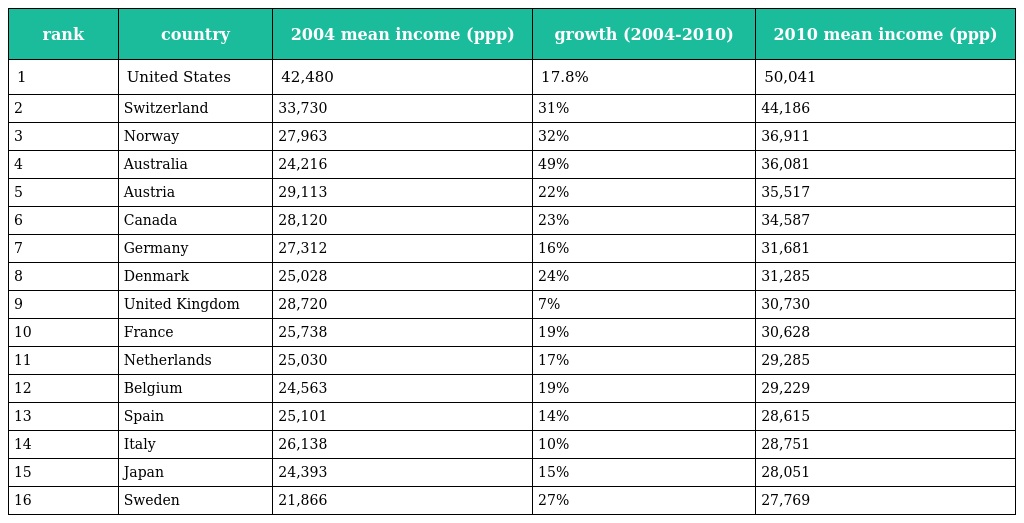
| rank | country | 2004 mean income (ppp) | growth (2004-2010) | 2010 mean income (ppp) |
 | --- | --- | --- | --- | --- |
 | 1 | United States | 42,480 | 17.8% | 50,041 |
 | 2 | Switzerland | 33,730 | 31% | 44,186 |
 | 3 | Norway | 27,963 | 32% | 36,911 |
 | 4 | Australia | 24,216 | 49% | 36,081 |
 | 5 | Austria | 29,113 | 22% | 35,517 |
 | 6 | Canada | 28,120 | 23% | 34,587 |
 | 7 | Germany | 27,312 | 16% | 31,681 |
 | 8 | Denmark | 25,028 | 24% | 31,285 |
 | 9 | United Kingdom | 28,720 | 7% | 30,730 |
 | 10 | France | 25,738 | 19% | 30,628 |
 | 11 | Netherlands | 25,030 | 17% | 29,285 |
 | 12 | Belgium | 24,563 | 19% | 29,229 |
 | 13 | Spain | 25,101 | 14% | 28,615 |
 | 14 | Italy | 26,138 | 10% | 28,751 |
 | 15 | Japan | 24,393 | 15% | 28,051 |
 | 16 | Sweden | 21,866 | 27% | 27,769 |